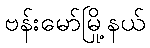
ဗန်းမော်မြို့နယ်